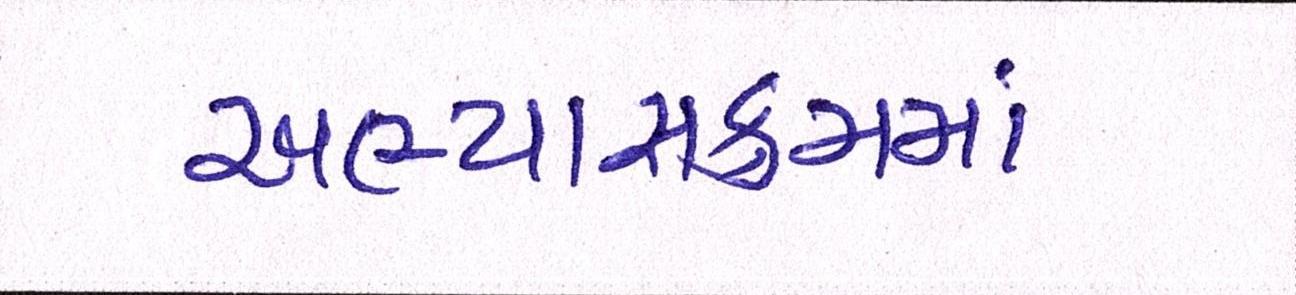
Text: અભ્યાસક્રમમાં